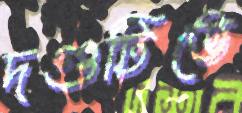
দণ্ডটিতে